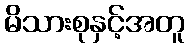
မိသားစုနှင့်အတူ